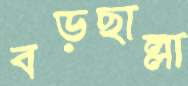
বড়ছাল্লা